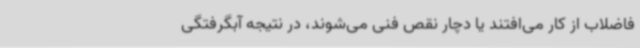
فاضلاب از کار می‌افتند یا دچار نقص فنی می‌شوند، در نتیجه آبگرفتگی